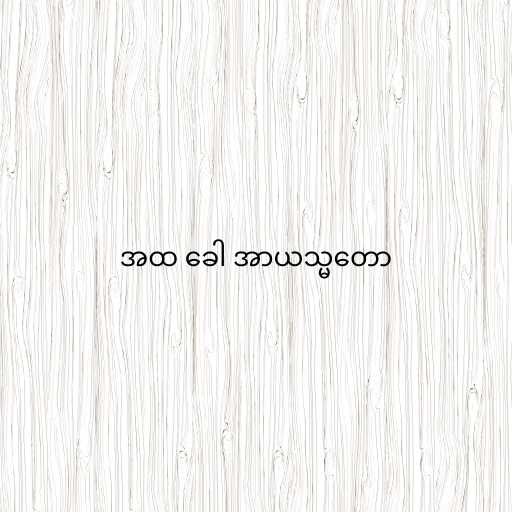
အထ ခေါ အာယသ္မတော